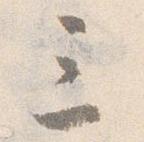
三